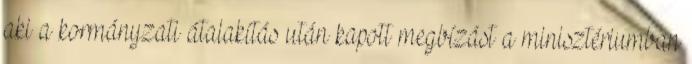
aki a kormányzati átalakítás után kapott megbízást a minisztériumban